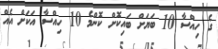
ގެ ހިއްސާ 10 ބަޔަށް ބައިކޮށް ކޮންމެ 10 ހިއްސާ އަކަށް އެއް